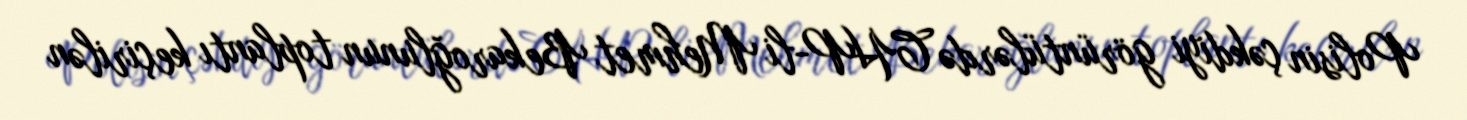
Polisin çəkdiyi görüntülərdə CHP-li Mehmet Bekaroğlunun toplantı keçirilən